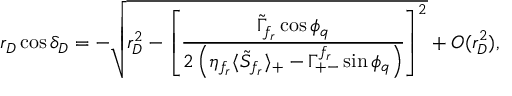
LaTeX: r _ { D } \cos \delta _ { D } = - \sqrt { r _ { D } ^ { 2 } - \left[ \frac { \tilde { \Gamma } _ { f _ { r } } \cos \phi _ { q } } { 2 \left( \eta _ { f _ { r } } \langle \tilde { S } _ { f _ { r } } \rangle _ { + } - \Gamma _ { + - } ^ { f _ { r } } \sin \phi _ { q } \right) } \right] ^ { 2 } } + { \cal O } ( r _ { D } ^ { 2 } ) ,